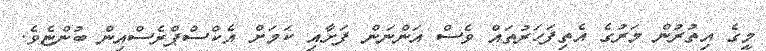
މީގެ އިތުރުން މަރުގެ އެތިފަހަރުތައް ވެސް އަންނަން ފަށާއި ކަމަށް އެކްސްޕްރެސްއިން ބުންޏެވެ.